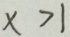
x > 1